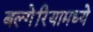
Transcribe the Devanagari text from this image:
बल्गेरियामध्ये